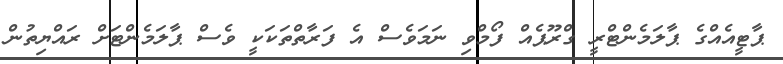
ޕާޓީއެއްގެ ޕާލަމެންޓްރީ ގްރޫޕެއް ފޯމްވި ނަމަވެސް އެ ފަރާތްތަކަކީ ވެސް ޕާލަމެންޓަށް ރައްޔިތުން